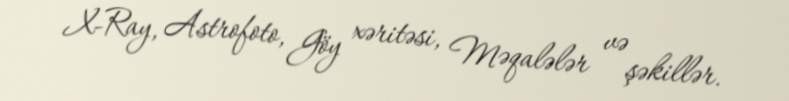
X-Ray, Astrofoto, Göy xəritəsi, Məqalələr və şəkillər.